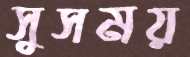
সুসময়